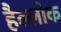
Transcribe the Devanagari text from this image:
हैल्लोक